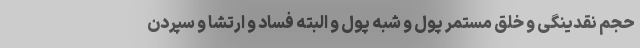
حجم نقدینگی و خلق مستمر پول و شبه پول و البته فساد و ارتشا و سپردن